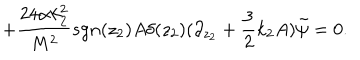
LaTeX: + \frac { 2 4 \alpha k _ { 2 } ^ { 2 } } { M ^ { 2 } } s g n ( z _ { 2 } ) A \delta ( z _ { 2 } ) ( \partial _ { z _ { 2 } } + \frac { 3 } { 2 } k _ { 2 } A ) \tilde { \psi } = 0 .